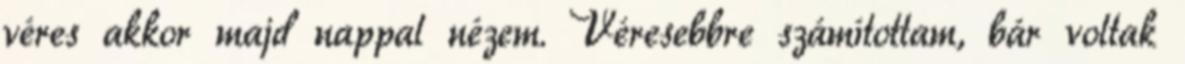
véres akkor majd nappal nézem. Véresebbre számítottam, bár voltak